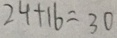
2 4 + 1 6 = 3 0